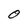
Character: O